Report of the Municipal Commissioner on the plague in Bombay for the year ending 31st May... - Volume 2
Disease focus: Plague
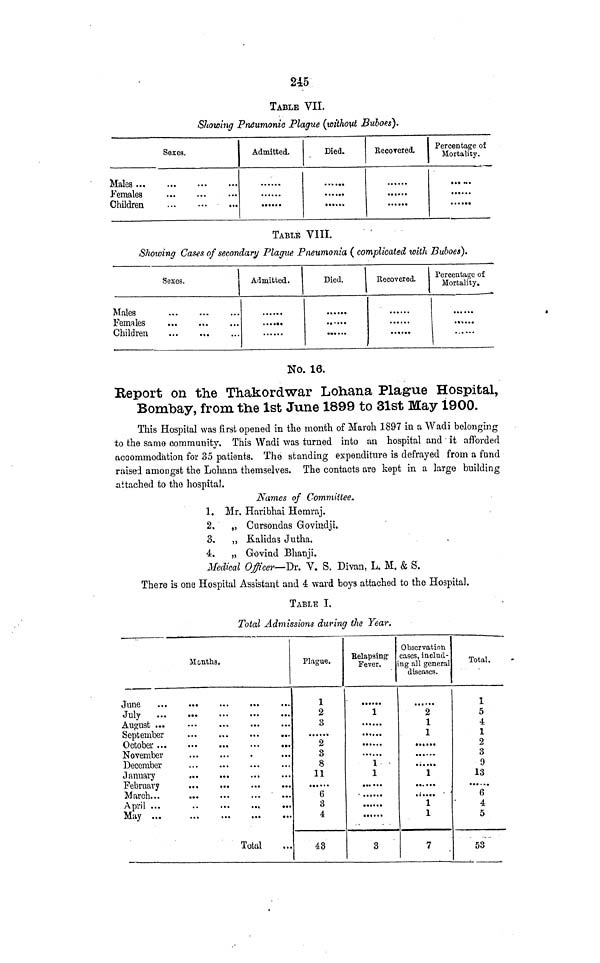
245
TABLE VII.
Showing Pneumonic Plague (without Buboes).
Sexes.
Males
Females
,
Children
Admitted.
Died.
• •* •••
• • • !••
Recoreied.
••••••
Percentage of
Mortality.
•*• »••
• • • •••
TABLE VIII.
Showing Cases of secondary Plague Pneumonia ( complicated with Buboes).
Sexes.
Males
Females
Children
Admitted.
Died.
......
«•• ...
Recovered.
......
Percentage of
Mortality.
•»...»
No. 16.
Report on the Thakordwar Lohana Plague Hospital,
Bombay, from the 1st June 1899 to 31st May 1900.
This Hospital was first opened in the month of March 1897 in a "Wadi belonging
to the same community. This Wadi was turned into an hospital and it afforded
accommodation for 35 patients. The standing expenditure is defrayed from a fund
raised amongst the Lohana themselves. The contacts are kept in a large building
attached to the hospital.
Names of Committee.
1. Mr. Haribhai Hemraj.
2. „ Cursondas Govindji.
3.
„ K-alidas Jutha.
4. „ Govind Bhanji.
Medical Officer— Dr. V. S. Divan, L. M. & S.
There is one Hospital Assistant and 4 ward boys attached to the Hospital.
TABLE I.
Total Admissions during the Year.
Months.
June
July
August ...
September
November
December
January
February
April ...
May ...
Total
Plague.
1
2
3
2
3
8
11
6
3
4
48
Belapsing 1
Fever.
••••*•
1
•»*•••
......
•«....
......
1
1
.., ...
• ......
......
*
3
Observation
cases, includ-
ing all general
diseases.
2
1
1
t t
* •
; .
1
• •
< .
1
1
7
Total.
1
5
4
1
2
3
9
13
,
6
4
5
53